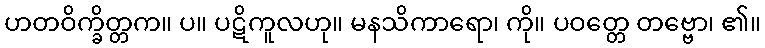
ဟတဝိက္ခိတ္တက။ ပ။ ပဋိကူလဟု။ မနသိကာရော၊ ကို။ ပဝတ္တေ တဗ္ဗော၊ ၏။